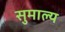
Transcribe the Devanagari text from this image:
सुमाल्य